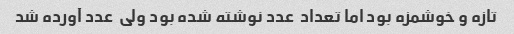
تازه و خوشمزه بود اما تعداد  عدد نوشته شده بود ولی  عدد آورده شد